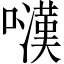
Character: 𡁚